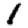
Digit: 1